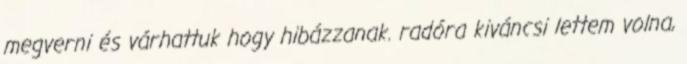
megverni és várhattuk hogy hibázzanak. radóra kiváncsi lettem volna,